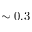
\sim 0 . 3